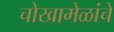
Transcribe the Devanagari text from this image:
चोखामेळांचे